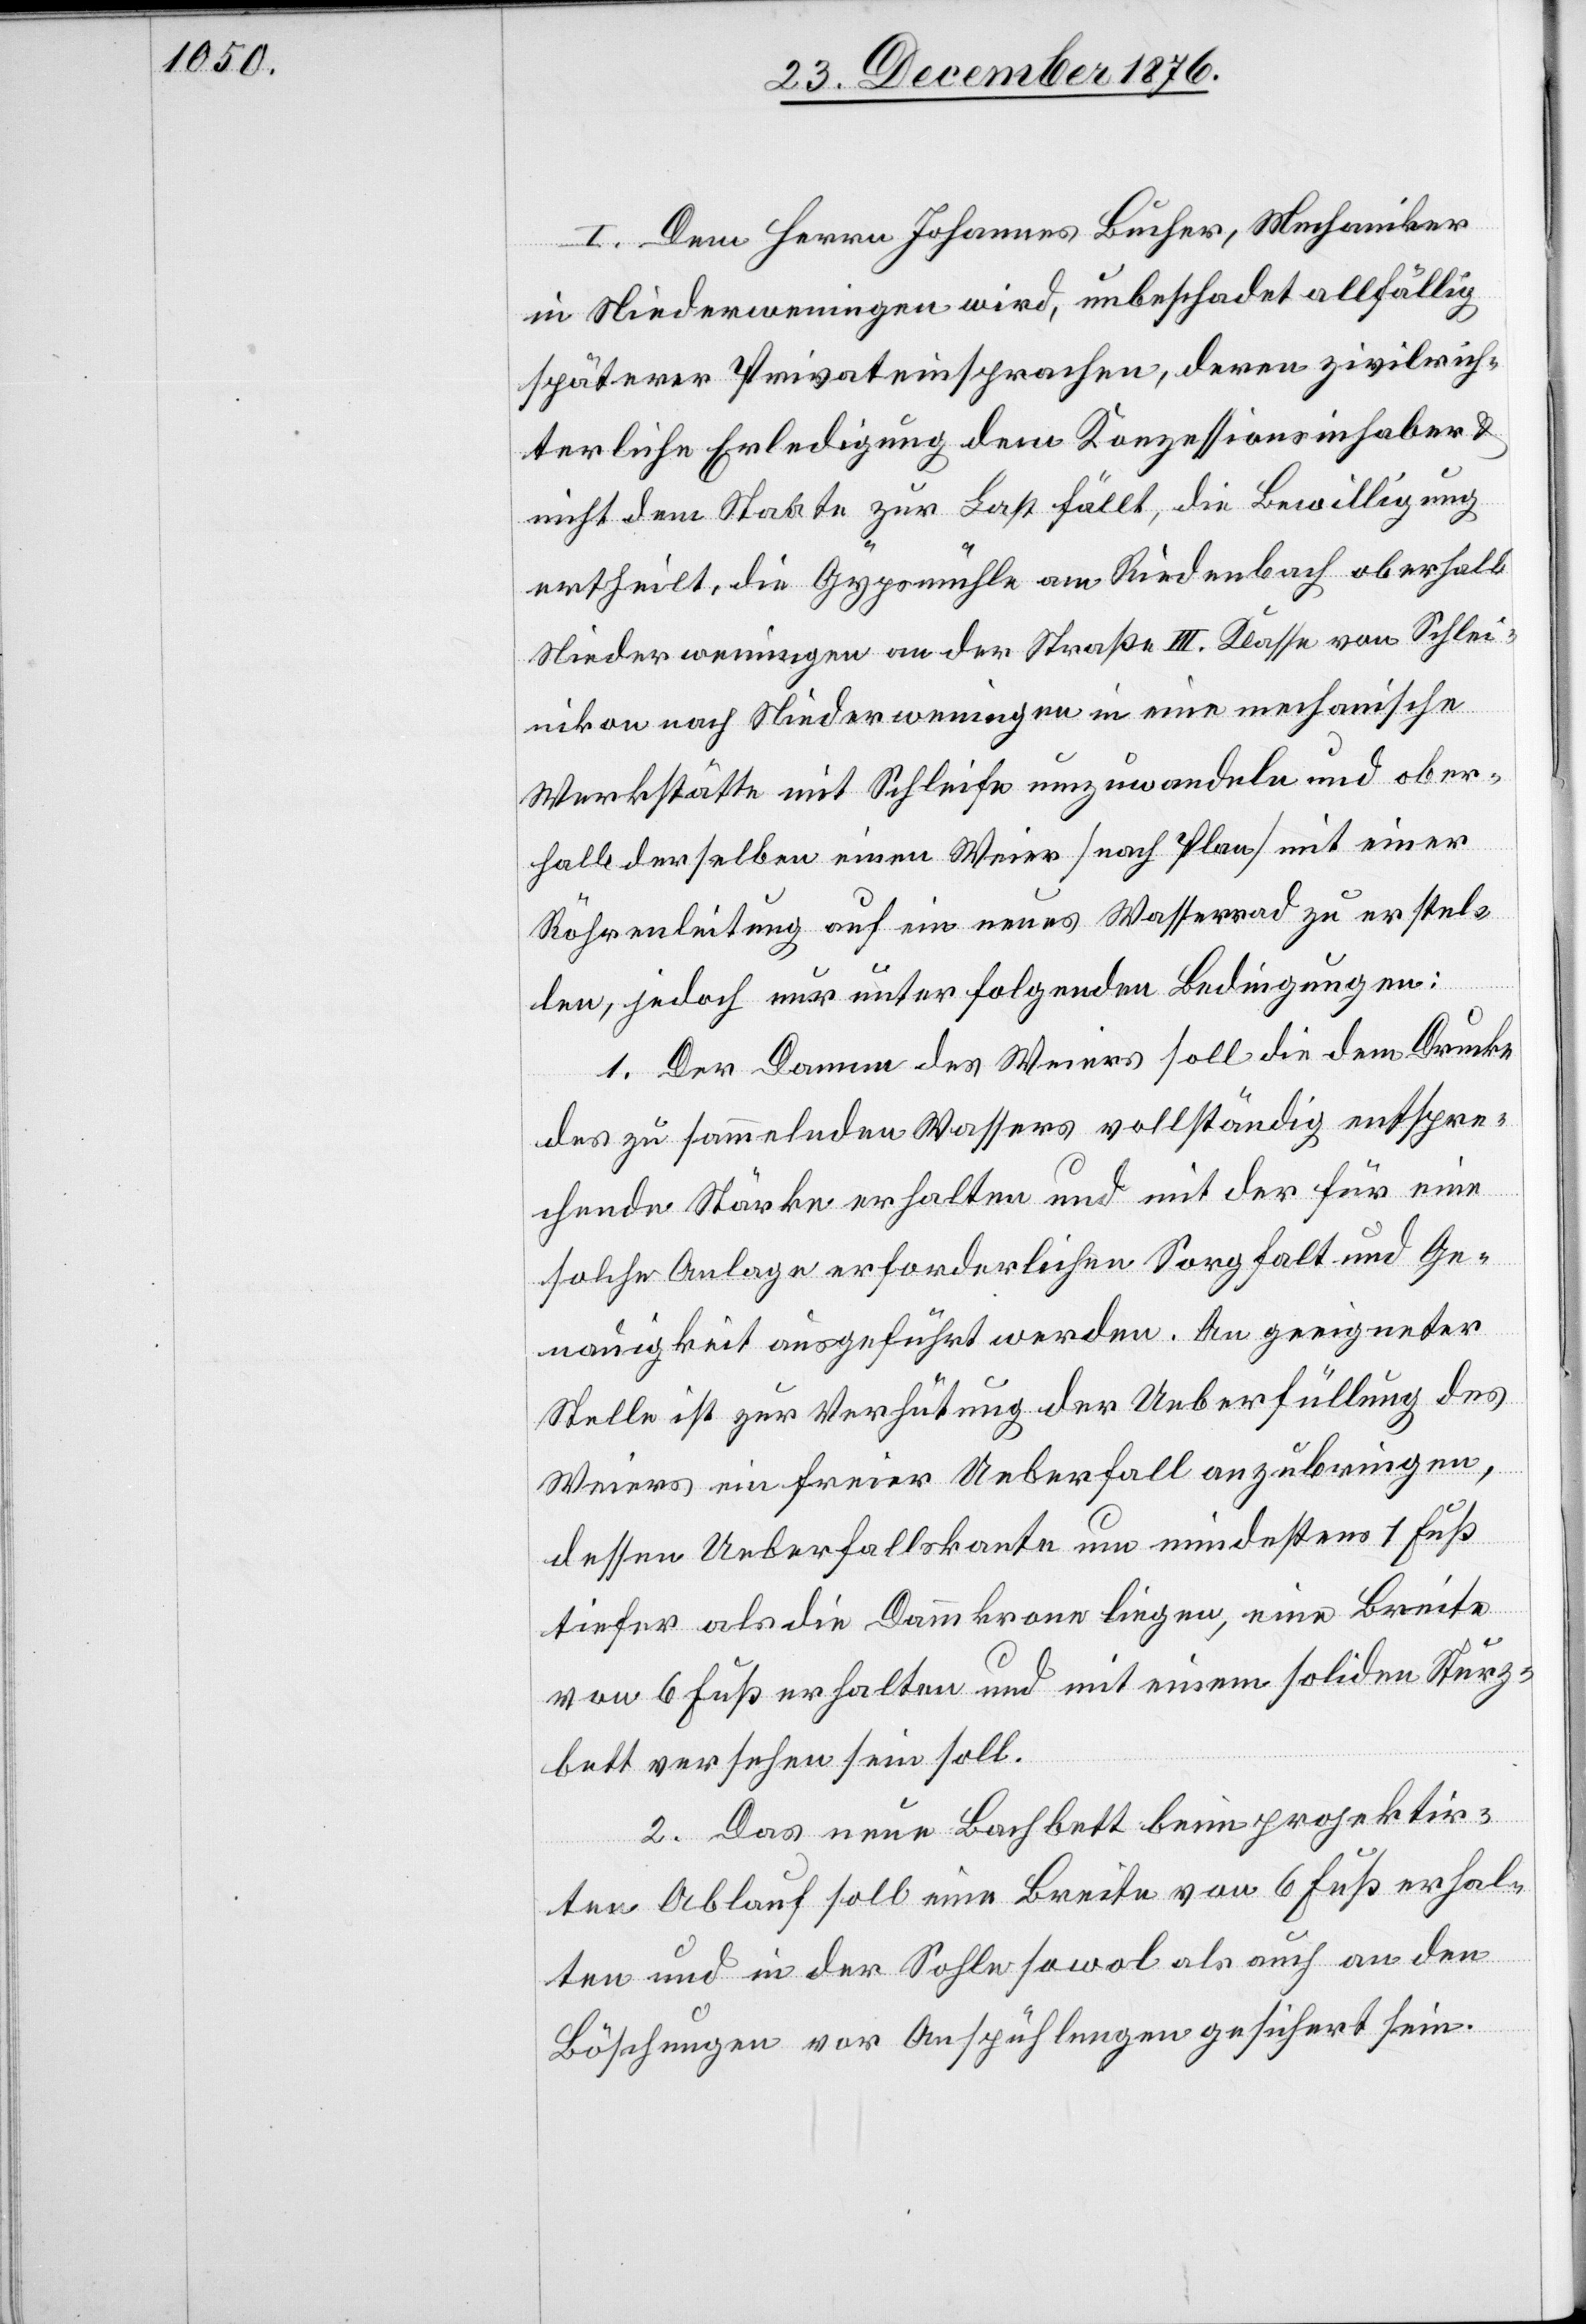
I. Dem Herrn Johannes Bucher, Mechaniker
in Niederweningen wird, unbeschadet allfällig
späterer Privateinsprachen, deren zivilrich¬
terliche Erledigung dem Konzessionsinhaber &
nicht dem Staate zur Last fällt, die Bewilligung
ertheilt, die Gypsmühle am Riedenbach oberhalb
Niederweningen an der Straße III. Klasse von Schlei¬
nikon nach Niederweningen in eine mechanische
Werkstätte mit Schleife umzuwandeln und ober¬
halb derselben einen Weier [nach Plan] mit einer
Röhrenleitung auf ein neues Wasserrad zu erstel¬
len, jedoch nur unter folgenden Bedingungen:
1. Der Damm des Weiers soll die dem Drucke
des zu sammelnden Wassers vollständig entspre¬
chende Stärke erhalten und mit der für eine
solche Anlage erforderlichen Sorgfalt und Ge¬
nauigkeit ausgeführt werden. An geeigneter
Stelle ist zur Verhütung der Ueberfüllung des
Weiers ein freier Ueberfall anzubringen,
dessen Ueberfallskante um mindestens 1 Fuß
tiefer als die Dammkrone liegen, eine Breite
von 6 Fuß erhalten und mit einem soliden Sturz¬
bett versehen sein soll.
2. Das neue Bachbett beim projektir¬
ten Ablauf soll eine Breite von 6 Fuß erhal¬
ten und in der Sohle sowol als auch an den
Böschungen vor Anspühlungen gesichert sein.